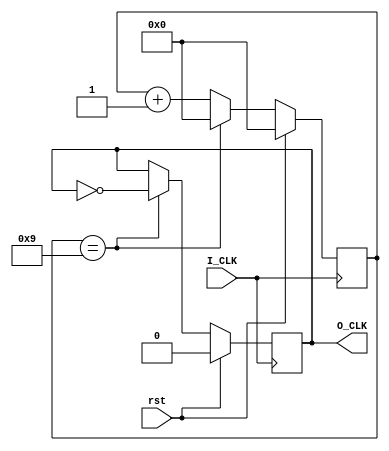
`timescale 1ns / 1ns
//////////////////////////////////////////////////////////////////////////////////
// Company: 
// Engineer: 
// 
// Design Name: 
// Module Name: Divider
// Project Name: 
// Target Devices: 
// Tool Versions: 
// Description: 
// 
// Dependencies: 
// 
// Revision:
// Revision 0.01 - File Created
// Additional Comments:
// 
//////////////////////////////////////////////////////////////////////////////////


module Divider(
    input I_CLK,    
    input rst,     
    output O_CLK    
    );
    reg o_clk;
    reg [26:0] count;
    parameter N=20;
    always @(posedge I_CLK)
    begin
        if (rst)
            begin
                count<=0;
                o_clk<=0;
            end
        else begin
            if (count==N/2-1)
                begin
                    o_clk<=~o_clk;
                    count<=0;                                                                                                                                                                                                                                                                                                                                                                                                                                                                                                    
                end
            else begin
                count<=count+1;
            end
        end
    end 
    assign O_CLK=o_clk;
endmodule